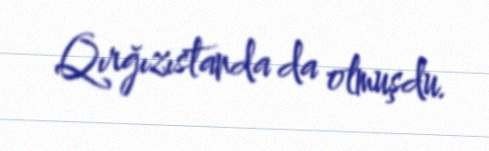
Qırğızıstanda da olmuşdu.